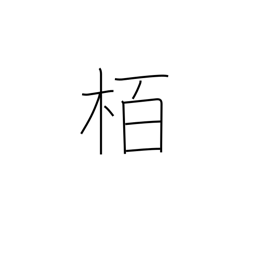
Meaning: oak